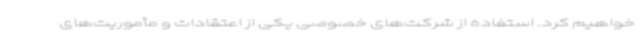
خواهیم کرد. استفاده از شرکت‌های خصوصی یکی از اعتقادات و مأموریت‌های